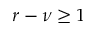
r - \nu \geq 1